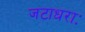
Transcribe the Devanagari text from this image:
जटाधराः